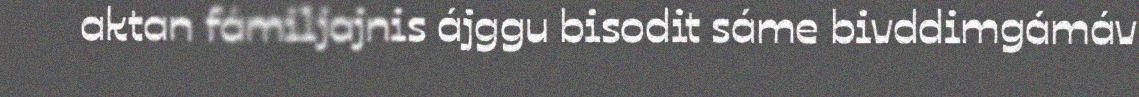
aktan fámiljajnis ájggu bisodit sáme bivddimgámáv